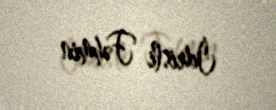
İdrisli Fəhmin